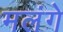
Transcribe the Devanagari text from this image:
मलंगे